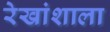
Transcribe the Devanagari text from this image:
रेखांशाला